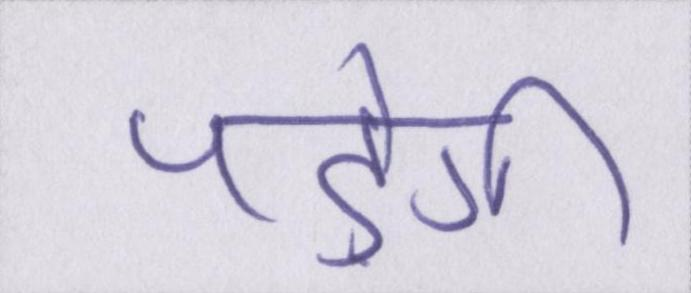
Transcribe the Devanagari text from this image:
पड़ेगी